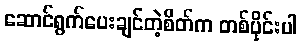
ဆောင်ရွက်ပေးချင်တဲ့စိတ်က တစ်ပိုင်းပါ